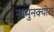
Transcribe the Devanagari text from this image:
नामुनक्योरा